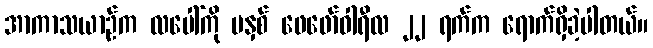
အာကာသယာဉ်က လပေါ်ကို မနှစ် ဖေဖော်ဝါရီလ ၂၂ ရက်က ရောက်ရှိခဲ့ပါတယ်။